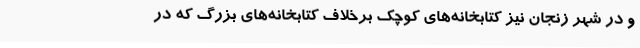
و در شهر زنجان نیز کتابخانه‌های کوچک برخلاف کتابخانه‌های بزرگ که در